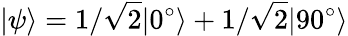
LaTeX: |\psi\rangle=1/\sqrt{2}|0^{\circ}\rangle+1/\sqrt{2}|90^{\circ}\rangle